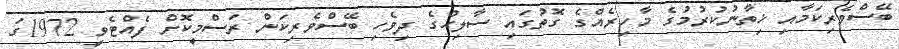
ބޭސްވެރިކަމާއި ޚިތާނުކުރުމުގެ މާހިރެއްގެ ގޮތުގައި ސާލިހްގެ ދިވެހި ބޭސްވެރިކަން ރަސްމީކޮށް ފެއްޓެވީ 1972ގަ